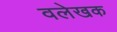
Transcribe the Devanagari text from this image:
वलेखक